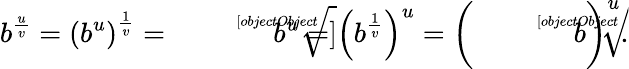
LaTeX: b^{\frac{u}{v}}=\left(b^{u}\right)^{\frac{1}{v}}={\sqrt[[objectObject]]{b^{u}}}=\left(b^{\frac{1}{v}}\right)^{u}=\left({\sqrt[[objectObject]]{b}}\right)^{u}.